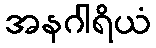
အနဂါရိယံ